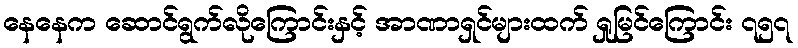
နေနေက ဆောင်ရွက်လိုကြောင်းနှင့် အာဏာရှင်များထက် ရှုမြင်ကြောင်း ၇၅၇